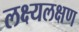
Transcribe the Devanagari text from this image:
लक्ष्यलक्षण